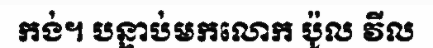
កង់។ បន្ទាប់មកលោក ប៉ូល វីល